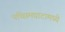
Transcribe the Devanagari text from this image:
पच्छिमघाटामध्ये